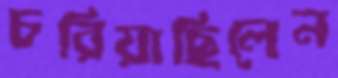
চরিয়াছিলেন